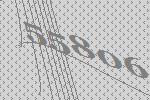
55806